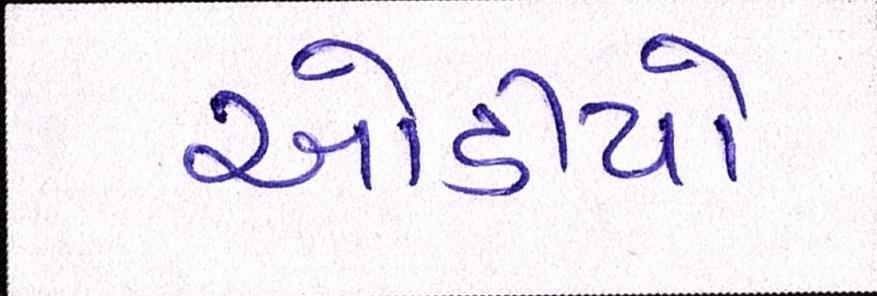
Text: ઓડીયો